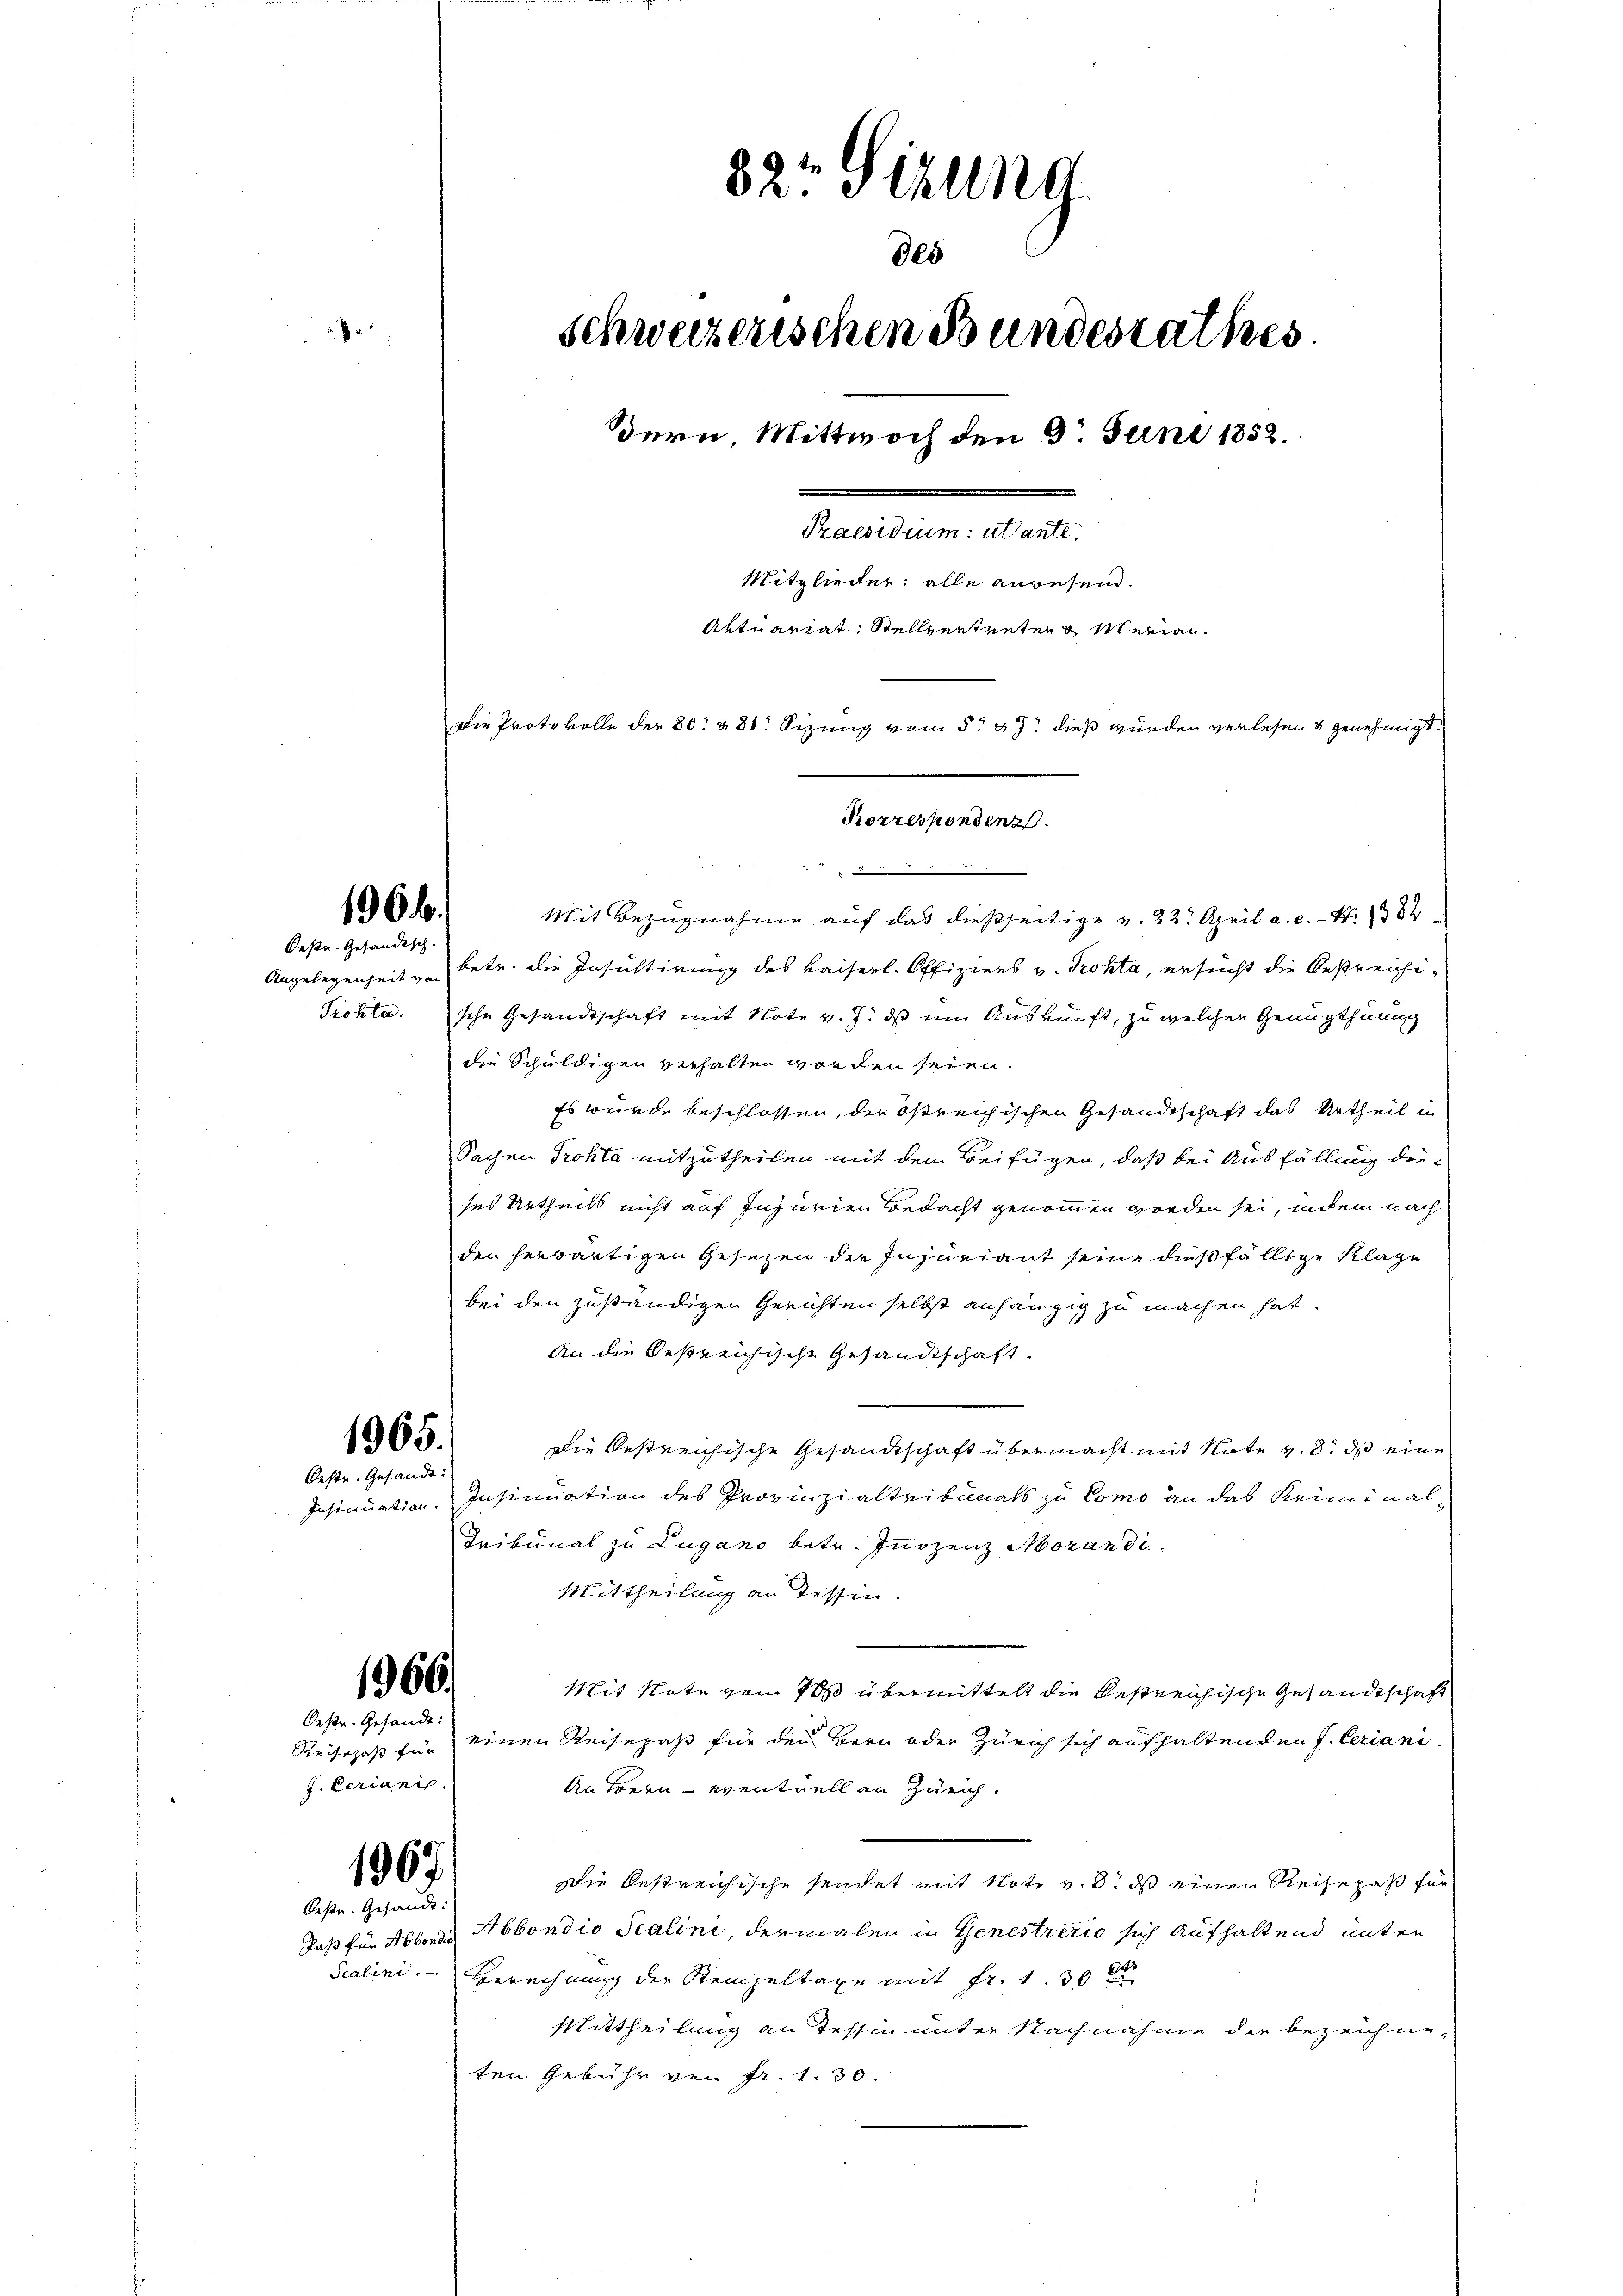
827 Stzung
9es

schweizerischen Bundesrathes.
Bern, Mittwoch den 3t Juni 1852.
Praesidium: utante.
Mitglieder: alle anwesend.
Aktuariat Stellvertreten & Marian
Die Protokolle der 80 & 81: Sizung vom 5. d. J. dieß wurden verlesen & genehmigt.
Korrespondenz.

196 f.
Oestr. Gesandtsch.

Angelegenheit von
Prötter.

1965.
Oeste. Gesandt:

1966.

Desr. Gesande:
J. Ferianis

1967.
Oeste Gesandt:

Mit Bezugnahme auf das dießseitige v. 22. April a. c. - N. 1382
bete die Insultirung des Kaiserl. Offiziers v. Prokta, ersucht die bestreichische Gesandtschaft mit Note v. J. ds um Auskunft, zu welcher Genugthuung
die Schuldigen verhalten worden seien.
Es wurde beschlossen, die östreichischen Gesandtschaft das Urtheil in
Sachen Prokta mitzutheilen mit dem Beifügen, daß bei Ausfällung dieses Urtheils nicht auf Injurien Bedacht genommen werden sei, indem nach
den herwärtigen Gesezen der Insuriant seine dießfällige Klage
bei den zuständigen Gerichten selbst anhängig zu machen hat.
An die bestreichische Gesandtschaft.
Die bestreichische Gesandtschaft übermacht mit Note v. 8. ds eine
Insinuation. Insinuation des Provinzialtribunals zu Como an das Keiminal
Tribunal zu Lugano betr. Innozenz Morandi
Mittheilung an Tessin.
Mit Note von so übermittelt die bestreichische Gesandtschaft
Reisepaß für einen Reisepaß für den Bern oder Zürich sich aufhaltenden J. Ceriani¬
An Bern - eventuell an Zürich.
Die bestreichische sendet mit Note v. 8. ds einen Reisepaß für
Daß für Abbondis Abbondio Scalini, dermalen in Genestrizio sich aufhaltend unter
Scalini. Gerechnung der Stempeltaxe mit Fr. 130
Mittheilung an Tessin unter Nachnahme der bezeichneten Gebühr von Fr. 1. 30.